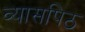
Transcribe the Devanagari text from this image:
व्यासपिठ